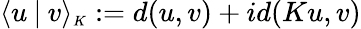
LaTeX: \langle u\mathbin|v\rangle_{\scriptscriptstyle K}:=d(u,v)+id(Ku,v)